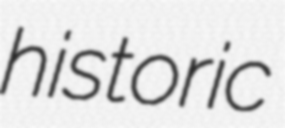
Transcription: historic